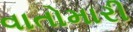
વાતોમારી